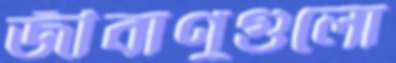
জীবাণুগুলো